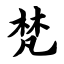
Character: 梵